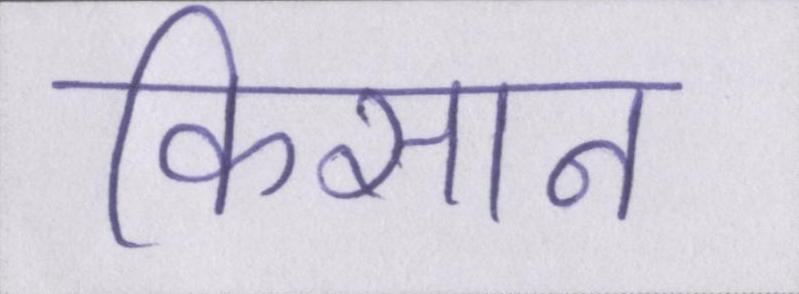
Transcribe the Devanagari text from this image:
किसान